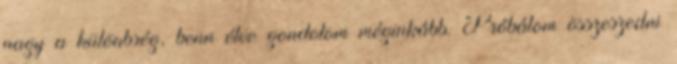
nagy a különbség, benn élve gondolom méginkább. Próbálom összeszedni